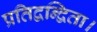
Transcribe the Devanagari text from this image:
प्रतिद्वन्द्विता।